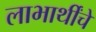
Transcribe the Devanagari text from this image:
लाभार्थींचे